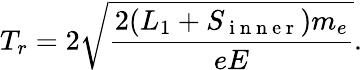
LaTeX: T_{r}=2\sqrt{\frac{2(L_{1}+S_{\mathrm{~i~n~n~e~r~}})m_{e}}{eE}}.